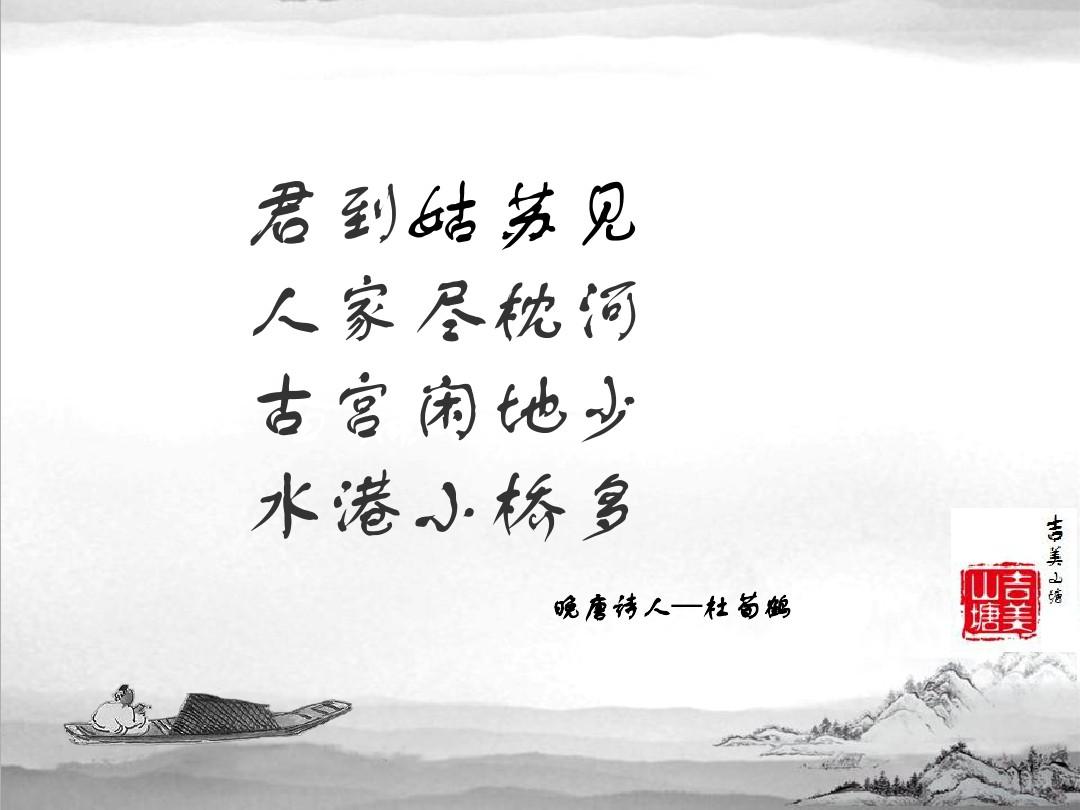
古宫闲地少，水港小桥多。